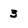
Character: 3